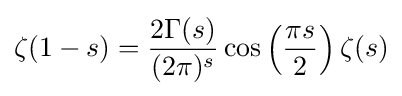
\zeta (1-s)={\frac {2\Gamma (s)}{(2\pi )^{s}}}\cos \left({\frac {\pi s}{2}}\right)\zeta (s)